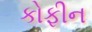
કોફીન